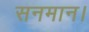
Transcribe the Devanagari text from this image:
सनमान।